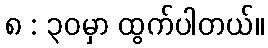
၈ : ၃၀မှာ ထွက်ပါတယ်။